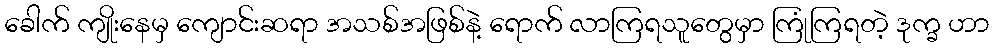
ခေါက် ကျိုးနေမှ ကျောင်းဆရာ အသစ်အဖြစ်နဲ့ ရောက် လာကြရသူတွေမှာ ကြုံကြရတဲ့ ဒုက္ခ ဟာ